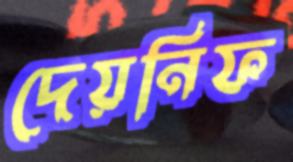
দেয়নিফ